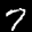
Label: 7